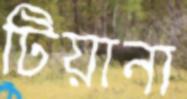
টিয়ানা